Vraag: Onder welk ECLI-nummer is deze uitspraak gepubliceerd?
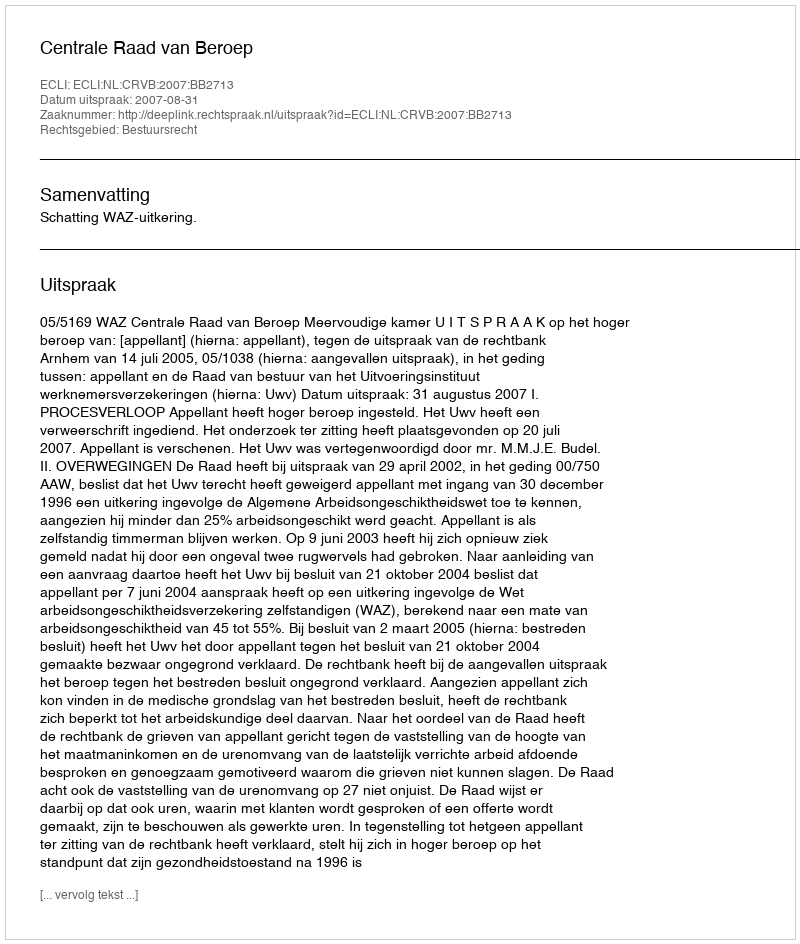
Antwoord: ECLI:NL:CRVB:2007:BB2713